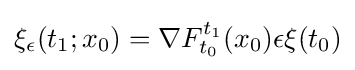
{\xi }_{\epsilon }(t_{1};x_{0})=\nabla F_{t_{0}}^{t_{1}}(x_{0})\epsilon {\xi }(t_{0})